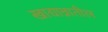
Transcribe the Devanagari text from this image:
खाद्यान्नातील